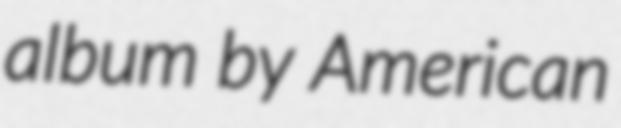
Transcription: album by American